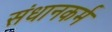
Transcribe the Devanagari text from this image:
संधानकर्म